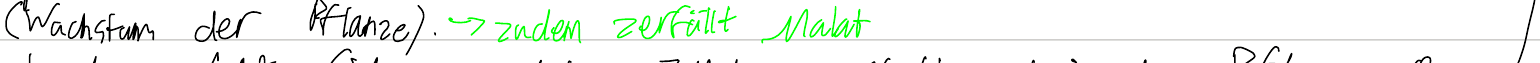
(Wachstum der Pflanze). -> zudem zerfällt Malat